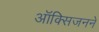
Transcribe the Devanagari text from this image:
ऑक्सिजनने